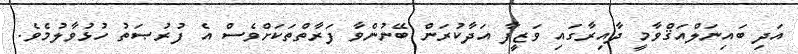
އަދި ބައިނަލްއަޤްވާމީ ދާއިރާގައި ވަޒީފާ އަދާކުރަން ބޭނުންވާ ފަރާތްތަކަށްވެސް އެ ފުރުޞަތު ހުޅުވާލުމެވެ.